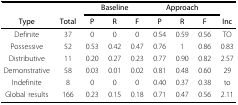
|  |  | <COLSPAN=3> Baseline | <COLSPAN=3> Approach |  |
 | Type | Total | P | R | F | P | R | F | Inc |
 | --- | --- | --- | --- | --- | --- | --- | --- | --- |
 | Definite | 37 | 0 | 0 | 0 | 0.54 | 0.59 | 0.56 | TO |
 | Possessive | 52 | 0.53 | 0.42 | 0.47 | 0.76 | 1 | 0.86 | 0.83 |
 | Distributive | 11 | 0.20 | 0.27 | 0.23 | 0.77 | 0.90 | 0.82 | 2.57 |
 | Demonstrative | 58 | 0.03 | 0.01 | 0.02 | 0.81 | 0.48 | 0.60 | 29 |
 | Indefinite | 8 | 0 | 0 | 0 | 0.40 | 0.37 | 0.38 | to |
 | Global results | 166 | 0.23 | 0.15 | 0.18 | 0.71 | 0.47 | 0.56 | 2.11 |